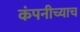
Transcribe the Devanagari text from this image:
कंपनीच्याच